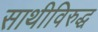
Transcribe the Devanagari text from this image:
साथीविरुद्ध